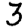
Digit: 3